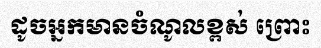
ដូចអ្នកមានចំណូលខ្ពស់ ព្រោះ